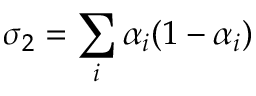
\sigma _ { 2 } = \sum _ { i } \alpha _ { i } ( 1 - \alpha _ { i } )